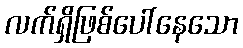
လက်ရှိဖြစ်ပေါ်နေသော